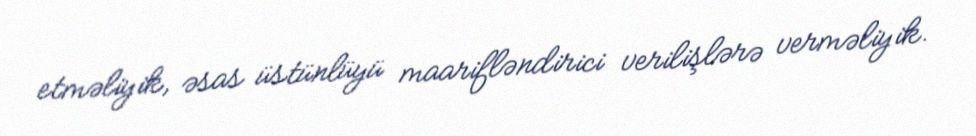
etməliyik, əsas üstünlüyü maarifləndirici verilişlərə verməliyik.